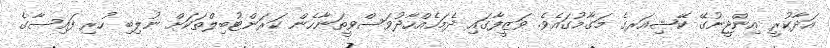
އަދާކުރީ އިންޖީނުގޭ ކޭޝިއަރގެ މަގާމުގައެވެ. ވަޒީފާގައި ދެމަހެއްހާދުވަސްވީތަނާހެން ކަރަންޓުބިލްތަކަށް ނުލިބި ހުރި ފައިސާގެ